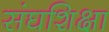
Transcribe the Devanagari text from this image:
संघशिक्षा